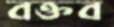
বক্তব